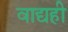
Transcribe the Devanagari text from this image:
वाद्यही